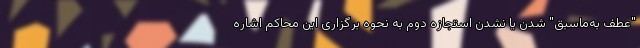
"عطف به‌ماسبق" شدن یا نشدن استجازه دوم به نحوه برگزاری این محاکم اشاره